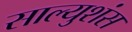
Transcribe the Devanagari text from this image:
साल्युशंस